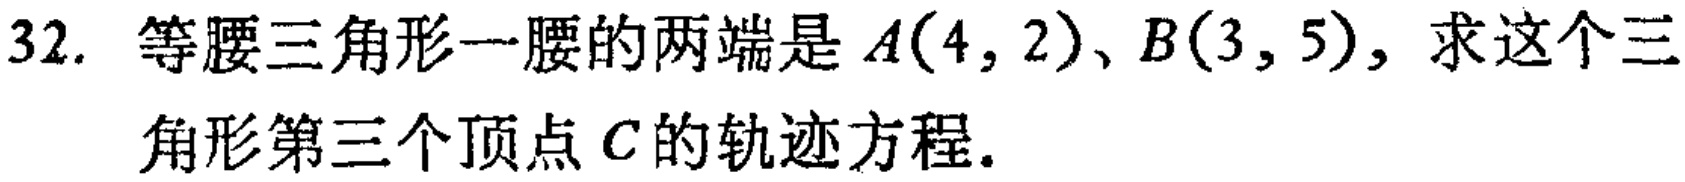
32. 等腰三角形一腰的两端是\(A(4,2)\)、\(B(3,5)\)，求这个三角形第三个顶点\(C\)的轨迹方程.